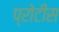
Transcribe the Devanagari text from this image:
प्रोटींस